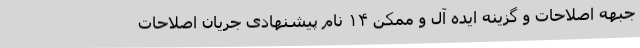
جبهه اصلاحات و گزینه ایده ­‌آل و ممکن ۱۴ نام پیشنهادی جریان اصلاحات